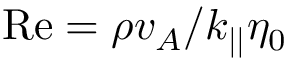
\mathrm { R e } = \rho v _ { A } / k _ { | | } \eta _ { 0 }